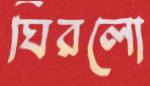
ঘিরলো